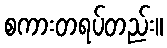
စကားတရပ်တည်း။